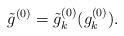
LaTeX: \begin{align*}\tilde g^{(0)}=\tilde g^{(0)}_k(g^{(0)}_k).\end{align*}